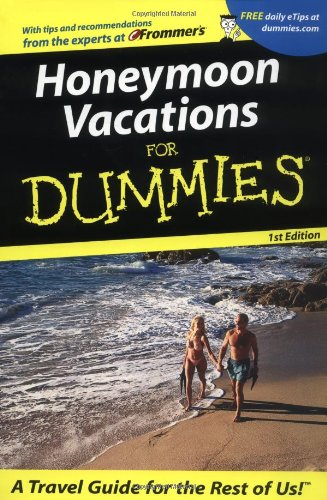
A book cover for Honeymoon Vacations For DummiesÃE (Dummies Travel); Reid Bramblett; Crafts, Hobbies & Home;